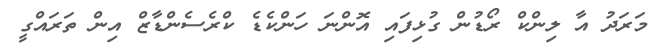
މަރަދު އާ ލިންކް ރޯޑުން ގުޅިފައި އޮންނަ ހަންކެޑެ ކްރެސެންޑާޒް އިން ތަރައްގީ